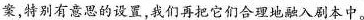
案,特别有意思的设置,我们再把它们合理地融入剧本中。